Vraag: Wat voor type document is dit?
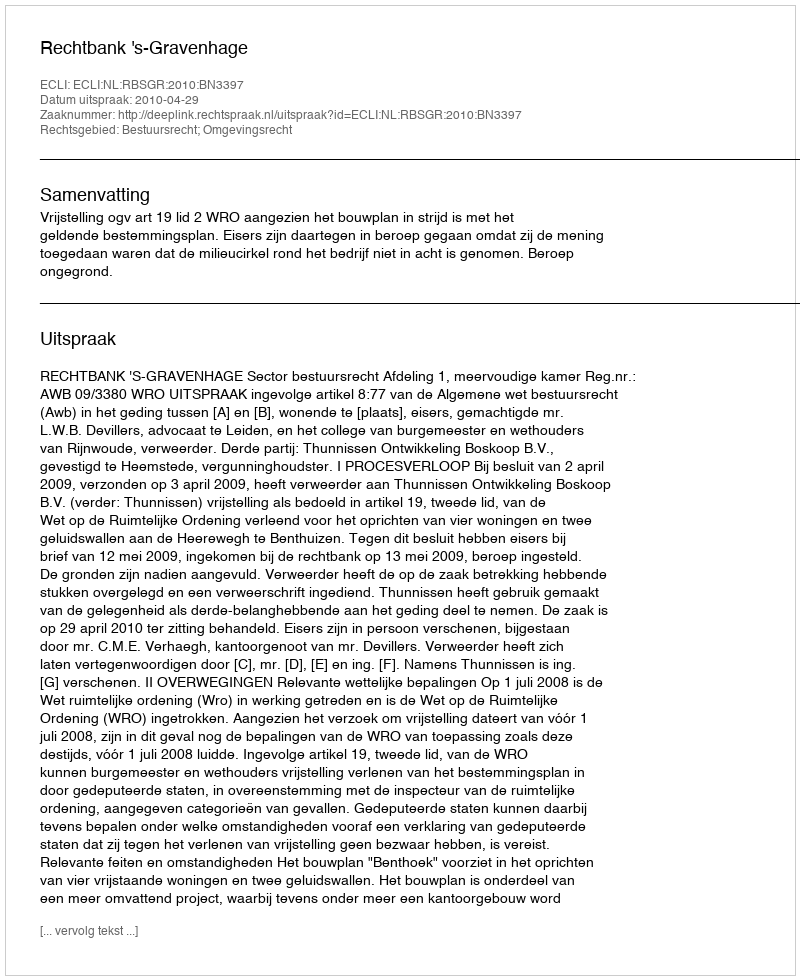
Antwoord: Uitspraak